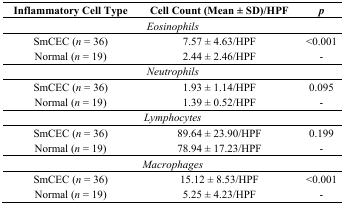
<table><thead><tr><td><b>Inflammatory Cell Type</b></td><td><b>Cell Count (Mean ± SD)/HPF</b></td><td><b><i>p</i></b></td></tr></thead><tbody><tr><td colspan="3"><i>Eosinophils</i></td></tr><tr><td>SmCEC (<i>n</i> = 36)</td><td>7.57 ± 4.63/HPF</td><td>&lt;0.001</td></tr><tr><td>Normal (<i>n</i> = 19)</td><td>2.44 ± 2.46/HPF</td><td>-</td></tr><tr><td colspan="3"><i>Neutrophils</i></td></tr><tr><td>SmCEC (<i>n</i> = 36)</td><td>1.93 ± 1.14/HPF</td><td>0.095</td></tr><tr><td>Normal (<i>n</i> = 19)</td><td>1.39 ± 0.52/HPF</td><td>-</td></tr><tr><td colspan="3"><i>Lymphocytes</i></td></tr><tr><td>SmCEC (<i>n</i> = 36)</td><td>89.64 ± 23.90/HPF</td><td>0.199</td></tr><tr><td>Normal (<i>n</i> = 19)</td><td>78.94 ± 17.23/HPF</td><td>-</td></tr><tr><td colspan="3"><i>Macrophages</i></td></tr><tr><td>SmCEC (<i>n</i> = 36)</td><td>15.12 ± 8.53/HPF</td><td>&lt;0.001</td></tr><tr><td>Normal (<i>n</i> = 19)</td><td>5.25 ± 4.23/HPF</td><td>-</td></tr></tbody></table>